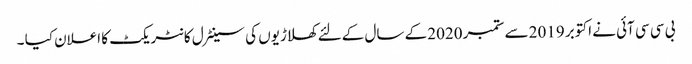
بی سی سی آئی نے اکتوبر 2019 سے ستمبر 2020 کے سال کےلئے کھلاڑیوں کی سینٹرل کانٹریکٹ کا اعلان کیا ۔